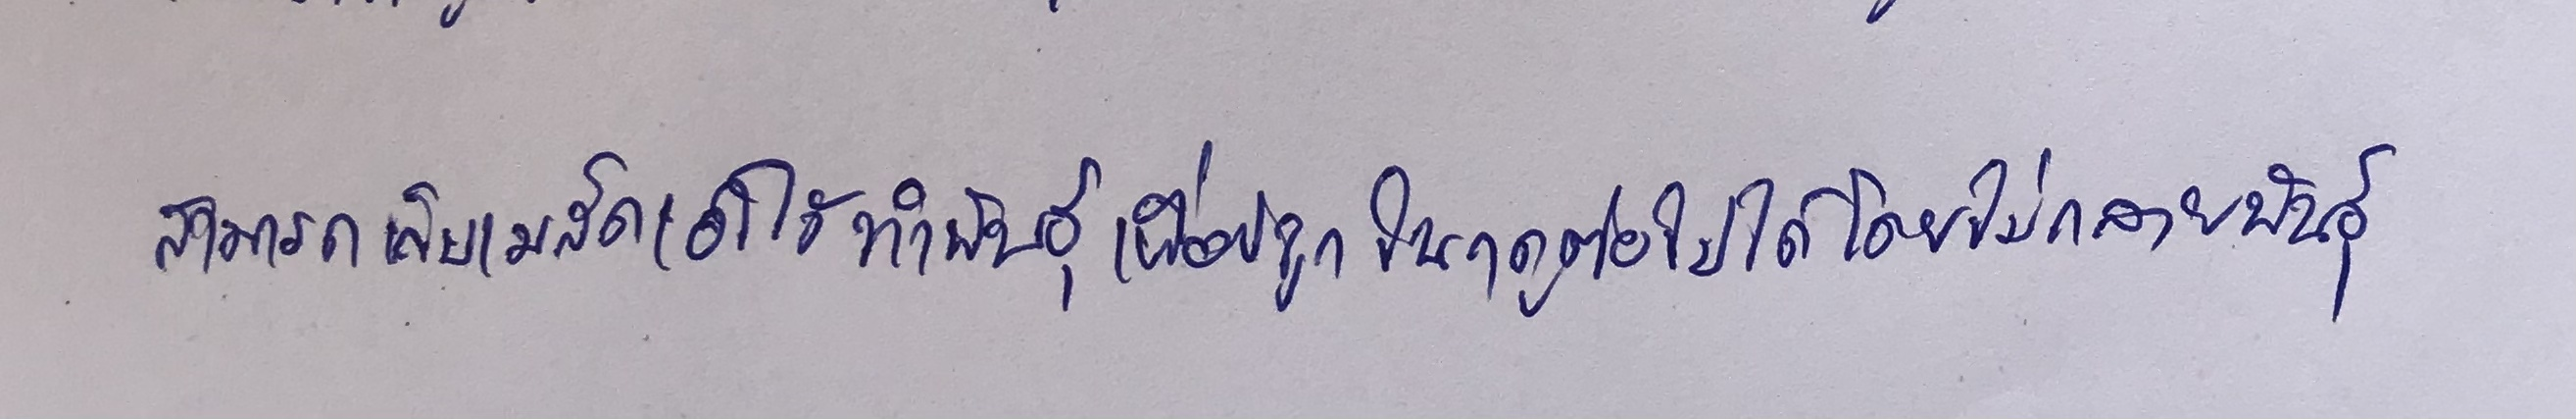
สามารถเก็บเมล็ดเอาไว้ทำพันธุ์เพื่อปลูกในฤดูต่อไปได้โดยไม่กลายพันธุ์